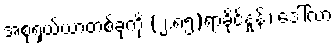
အစုရှယ်ယာတစ်ခုကို (၂.၈၅)ရာခိုင်နှုန်း၊ ဒေါ်လာ